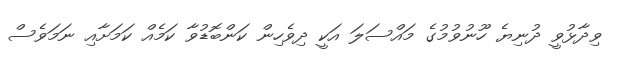
ވިދާޅުވީ ދުނިޔެ ހޫނުވުމުގެ މައްސަލަ އަކީ ދިވެހިން ކަންބޮޑުވާ ކަމެއް ކަމަށާއި ނަމަވެސް